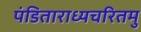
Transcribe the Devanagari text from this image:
पंडिताराध्यचरितमु